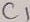
Text: C1